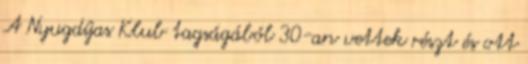
A Nyugdíjas Klub tagságából 30-an vettek részt és ott